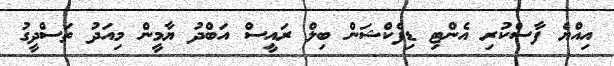
އިއްޔެ ފާސްކުރި އެންޓި ޑިފެކްޝަން ބިލް ރައީސް އަބްދު ޔާމީން މިއަދު ތަސްދީގު